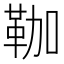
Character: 𩊏